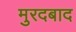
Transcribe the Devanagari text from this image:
मुरदबाद